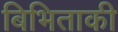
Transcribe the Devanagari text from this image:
बिभिताकी